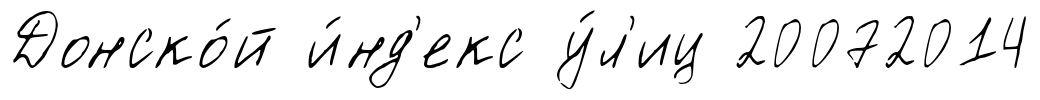
Донско́й и́нд'екс у́л'иц 20072014